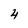
Character: 4